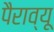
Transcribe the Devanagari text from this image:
पैराव्यू